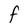
Character: F